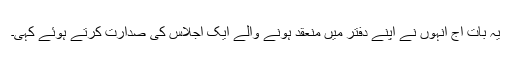
یہ بات آج انہوں نے اپنے دفتر میں منعقد ہونے والے ایک اجلاس کی صدارت کرتے ہوئے کہی۔